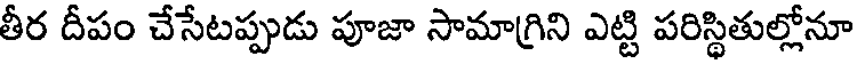
తీర దీపం చేసేటప్పుడు పూజా సామాగ్రిని ఎట్టి పరిస్థితుల్లోనూ